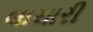
લાચારી